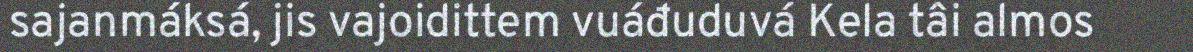
sajanmáksá, jis vajoidittem vuáđuduvá Kela tâi almos